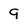
Character: 9